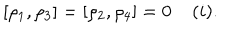
LaTeX: [ \rho _ { 1 } , \rho _ { 3 } ] = [ \rho _ { 2 } , \rho _ { 4 } ] = 0 \; ( i ) .